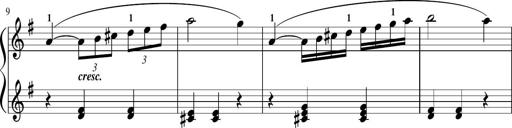
Title: Sonatina in G major
Composer: Friedrich Kuhlau
Key: G major